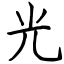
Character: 光